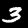
Label: 3